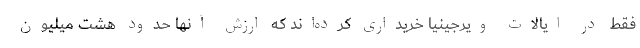
فقط در ایالات ویرجینیا خریداری کرده‌اند که ارزش آنها حدود هشت میلیون